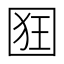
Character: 𭍢